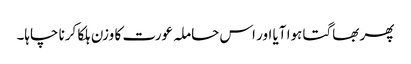
پھر بھاگتا ہوا آیا اور اس حاملہ عورت کا وزن ہلکا کرنا چاہا۔